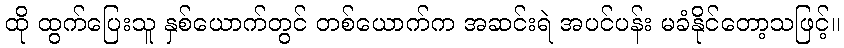
ထို ထွက်ပြေးသူ နှစ်ယောက်တွင် တစ်ယောက်က အဆင်းရဲ အပင်ပန်း မခံနိုင်တော့သဖြင့်။